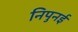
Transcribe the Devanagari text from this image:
निपुनई